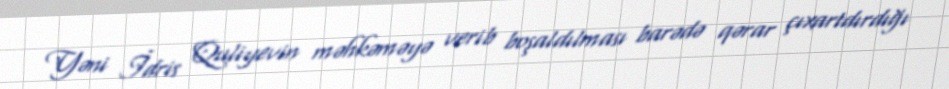
Yəni İdris Quliyevin məhkəməyə verib boşaldılması barədə qərar çıxartdırdığı